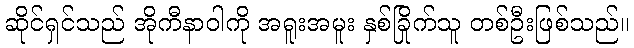
ဆိုင်ရှင်သည် အိုကီနာဝါကို အရူးအမူး နှစ်ခြိုက်သူ တစ်ဦးဖြစ်သည်။